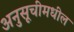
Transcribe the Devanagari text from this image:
अनुसूचीमधील